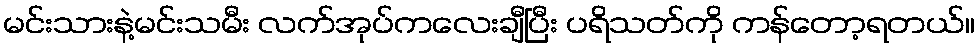
မင်းသားနဲ့မင်းသမီး လက်အုပ်ကလေးချီပြီး ပရိသတ်ကို ကန်တော့ရတယ်။